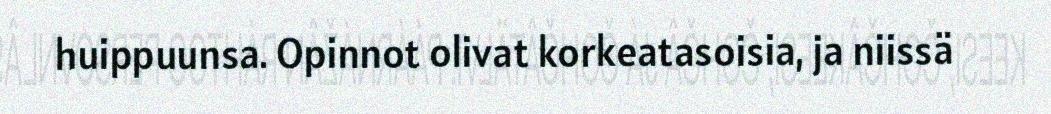
huippuunsa. Opinnot olivat korkeatasoisia, ja niissä